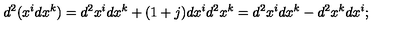
d ^ { 2 } ( x ^ { i } d x ^ { k } ) = d ^ { 2 } x ^ { i } d x ^ { k } + ( 1 + j ) d x ^ { i } d ^ { 2 } x ^ { k } = d ^ { 2 } x ^ { i } d x ^ { k } - d ^ { 2 } x ^ { k } d x ^ { i } ;